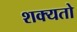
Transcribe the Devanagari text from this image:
शक्‍यतो